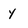
Character: y